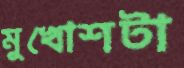
মুখোশটা